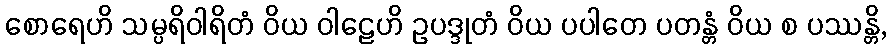
စောရေဟိ သမ္ပရိဝါရိတံ ဝိယ ဝါဠေဟိ ဥပဒ္ဒုတံ ဝိယ ပပါတေ ပတန္တံ ဝိယ စ ပဿန္တိ,